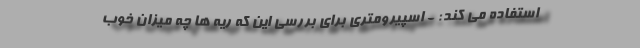
استفاده می کند: - اسپیرومتری برای بررسی این که ریه ها چه میزان خوب